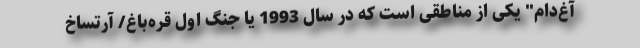
آغ‌دام" یکی از مناطقی است که در سال 1993 یا جنگ اول قره‌باغ/ آرتساخ